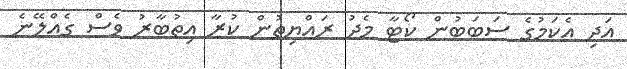
އަދި އެކަމުގެ ސަބަބުން ކޯޓާ މެދު ރައްޔިތުން ކުރާ އިތުބާރު ވެސް ގެއްލޭނެ